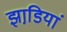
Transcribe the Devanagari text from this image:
झाडि़यां